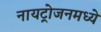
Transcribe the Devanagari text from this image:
नायट्रोजनमध्ये